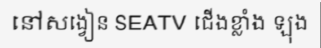
នៅសង្វៀន SEATV ជើងខ្លាំង ឡុង